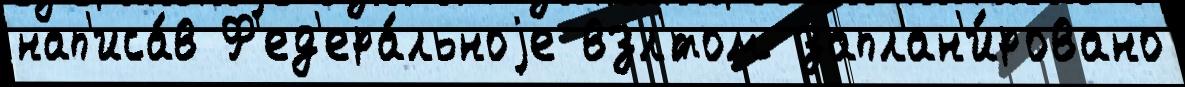
нап'иса́в Ф'ед'ера́льноjе взл'́том заплан'и́ровано